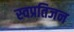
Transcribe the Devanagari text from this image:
स्वप्रतिजन